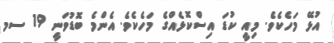
އުޅޭ މަހެކެވެ. މިއީ ކުޑަ އިސްކޮޅެއްގެ މަހެކެވެ. އެންމެ ބޮޑުވަނީ 19 ސމ